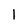
Character: 1